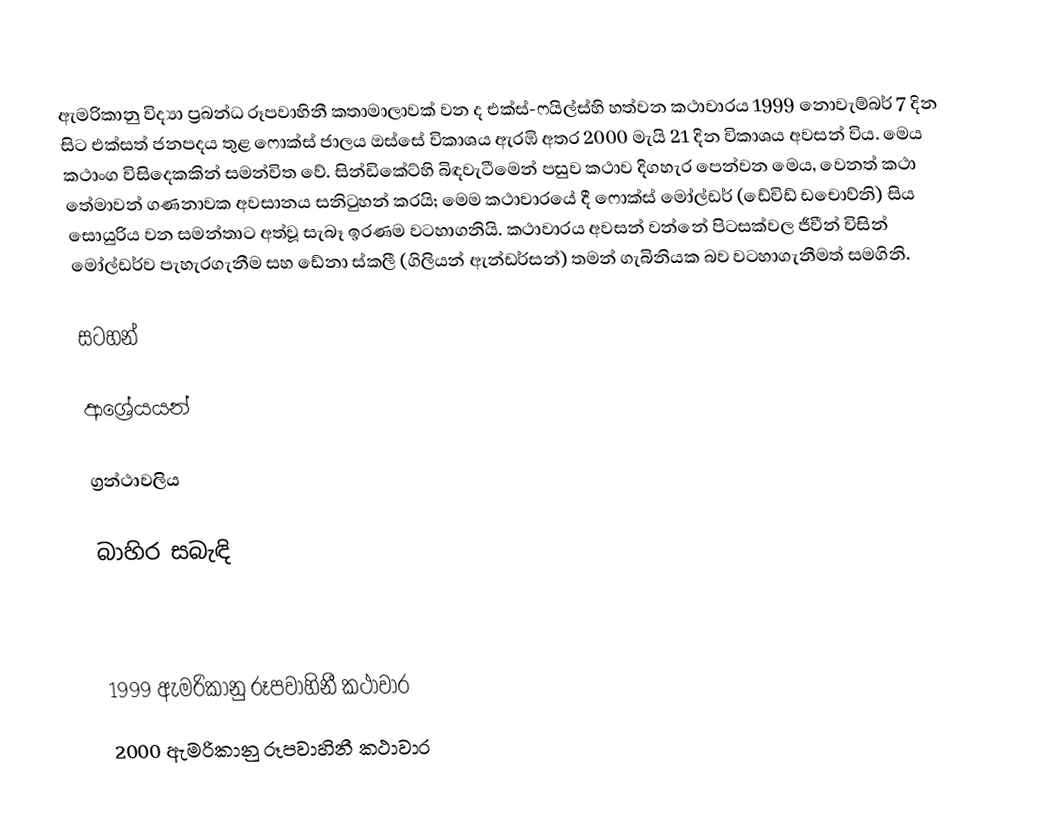
ඇමරිකානු විද්‍යා ප්‍රබන්ධ රූපවාහිනී කතාමාලාවක් වන ද එක්ස්-ෆයිල්ස්හි  හත්වන කථාවාරය 1999 නොවැම්බර් 7 දින සිට එක්සත් ජනපදය තුළ ෆොක්ස් ජාලය ඔස්සේ විකාශය ඇරඹි අතර 2000 මැයි 21 දින විකාශය අවසන් විය. මෙය කථාංග විසිදෙකකින් සමන්විත වේ. සින්ඩිකේට්හි බිඳවැටීමෙන් පසුව කථාව දිගහැර පෙන්වන මෙය, වෙනත් කථා තේමාවන් ගණනාවක අවසානය සනිටුහන් කරයි; මෙම කථාවාරයේ දී ෆොක්ස් මෝල්ඩර් (ඩේවිඩ් ඩචොව්නි) සිය සොයුරිය වන සමන්තාට අත්වූ සැබෑ ඉරණම වටහාගනියි.  කථාවාරය අවසන් වන්නේ පිටසක්වල ජීවීන් විසින් මෝල්ඩර්ව පැහැරගැනීම සහ ඩේනා ස්කලී (ගිලියන් ඇන්ඩර්සන්) තමන් ගැබිනියක බව වටහාගැනීමත් සමගිනි.

සටහන්

ආශ්‍රේයයන්

ග්‍රන්ථාවලිය

බාහිර සබැඳි

1999 ඇමරිකානු රූපවාහිනී කථාවාර
2000 ඇමරිකානු රූපවාහිනී කථාවාර